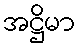
အဋ္ဌိမာ